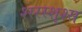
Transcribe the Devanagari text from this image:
श्स्स्स्श्श्स